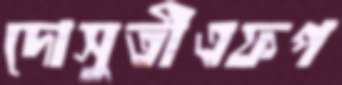
দোসুতীএফপ